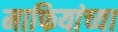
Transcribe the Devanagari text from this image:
माफियांच्या